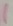
Text: 1